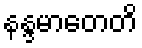
နန္ဒမာတေတိ